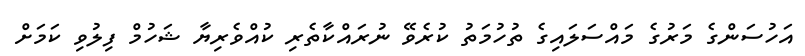
އަހުސަންގެ މަރުގެ މައްސަލައިގެ ތުހުމަތު ކުރެވޭ ނުރައްކާތެރި ކުއްވެރިޔާ ޝަހުމް ފިލުވި ކަމަށް